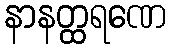
နာနတ္ထရဏေ